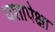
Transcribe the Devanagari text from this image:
यशापेक्षा